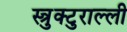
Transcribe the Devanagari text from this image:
स्त्रुक्टुराल्ली